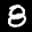
Label: 8